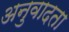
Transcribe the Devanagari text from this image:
अनुवादता